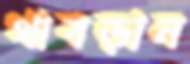
থাবড়ান